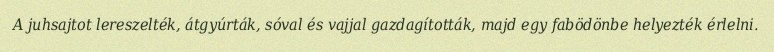
A juhsajtot lereszelték, átgyúrták, sóval és vajjal gazdagították, majd egy fabödönbe helyezték érlelni.